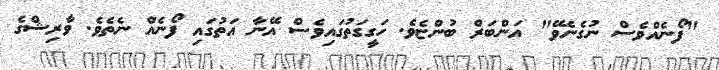
"ފޯނެއްވެސް ނުގެނެވޭ" އަންބަރް ބުންޏެވެ. ހަގީގަތުގައިވެސް އޭނާ އަތުގައި ފޯނެއް ނެތެވެ. ވާރިޝްގެ